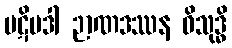
ပဋိပဒါ ဉာဏဒဿန ဝိသုဒ္ဓိ